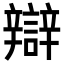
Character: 辯